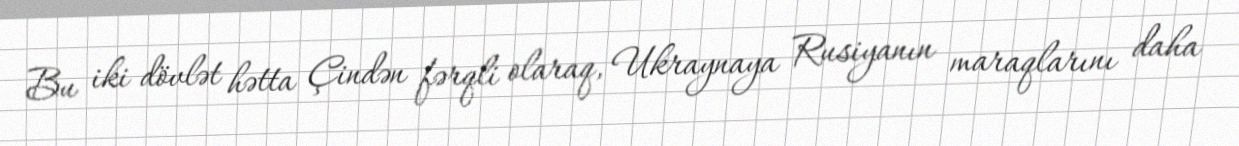
Bu iki dövlət hətta Çindən fərqli olaraq, Ukraynaya Rusiyanın maraqlarını daha